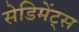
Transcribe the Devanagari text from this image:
सेडिमेंट्स